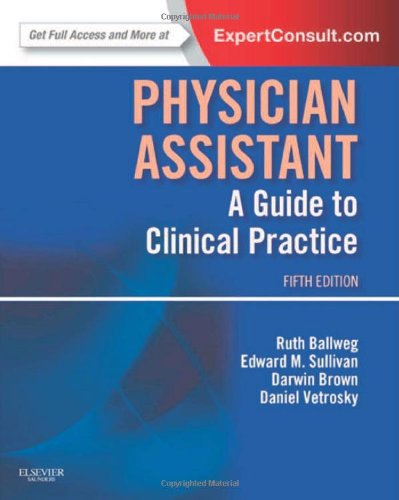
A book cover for Physician Assistant: A Guide to Clinical Practice, 5e (In Focus); Ruth Ballweg MPA  PA-C  DFAAPA; Medical Books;